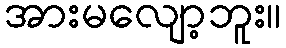
အားမလျော့ဘူး။